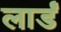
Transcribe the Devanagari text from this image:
लार्डं